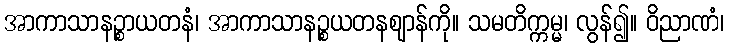
အာကာသာနဉ္စာယတနံ၊ အာကာသာနဉ္စယတနဈာန်ကို။ သမတိက္ကမ္မ၊ လွန်၍။ ဝိညာဏံ၊